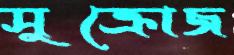
সুক্রোজ